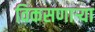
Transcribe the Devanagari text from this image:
विकसणाऱ्या